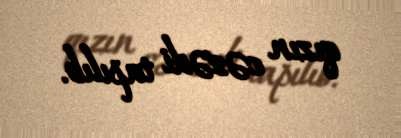
qızın cəsədi tapılıb.